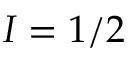
I = 1 / 2